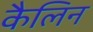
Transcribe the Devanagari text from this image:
कैलिन